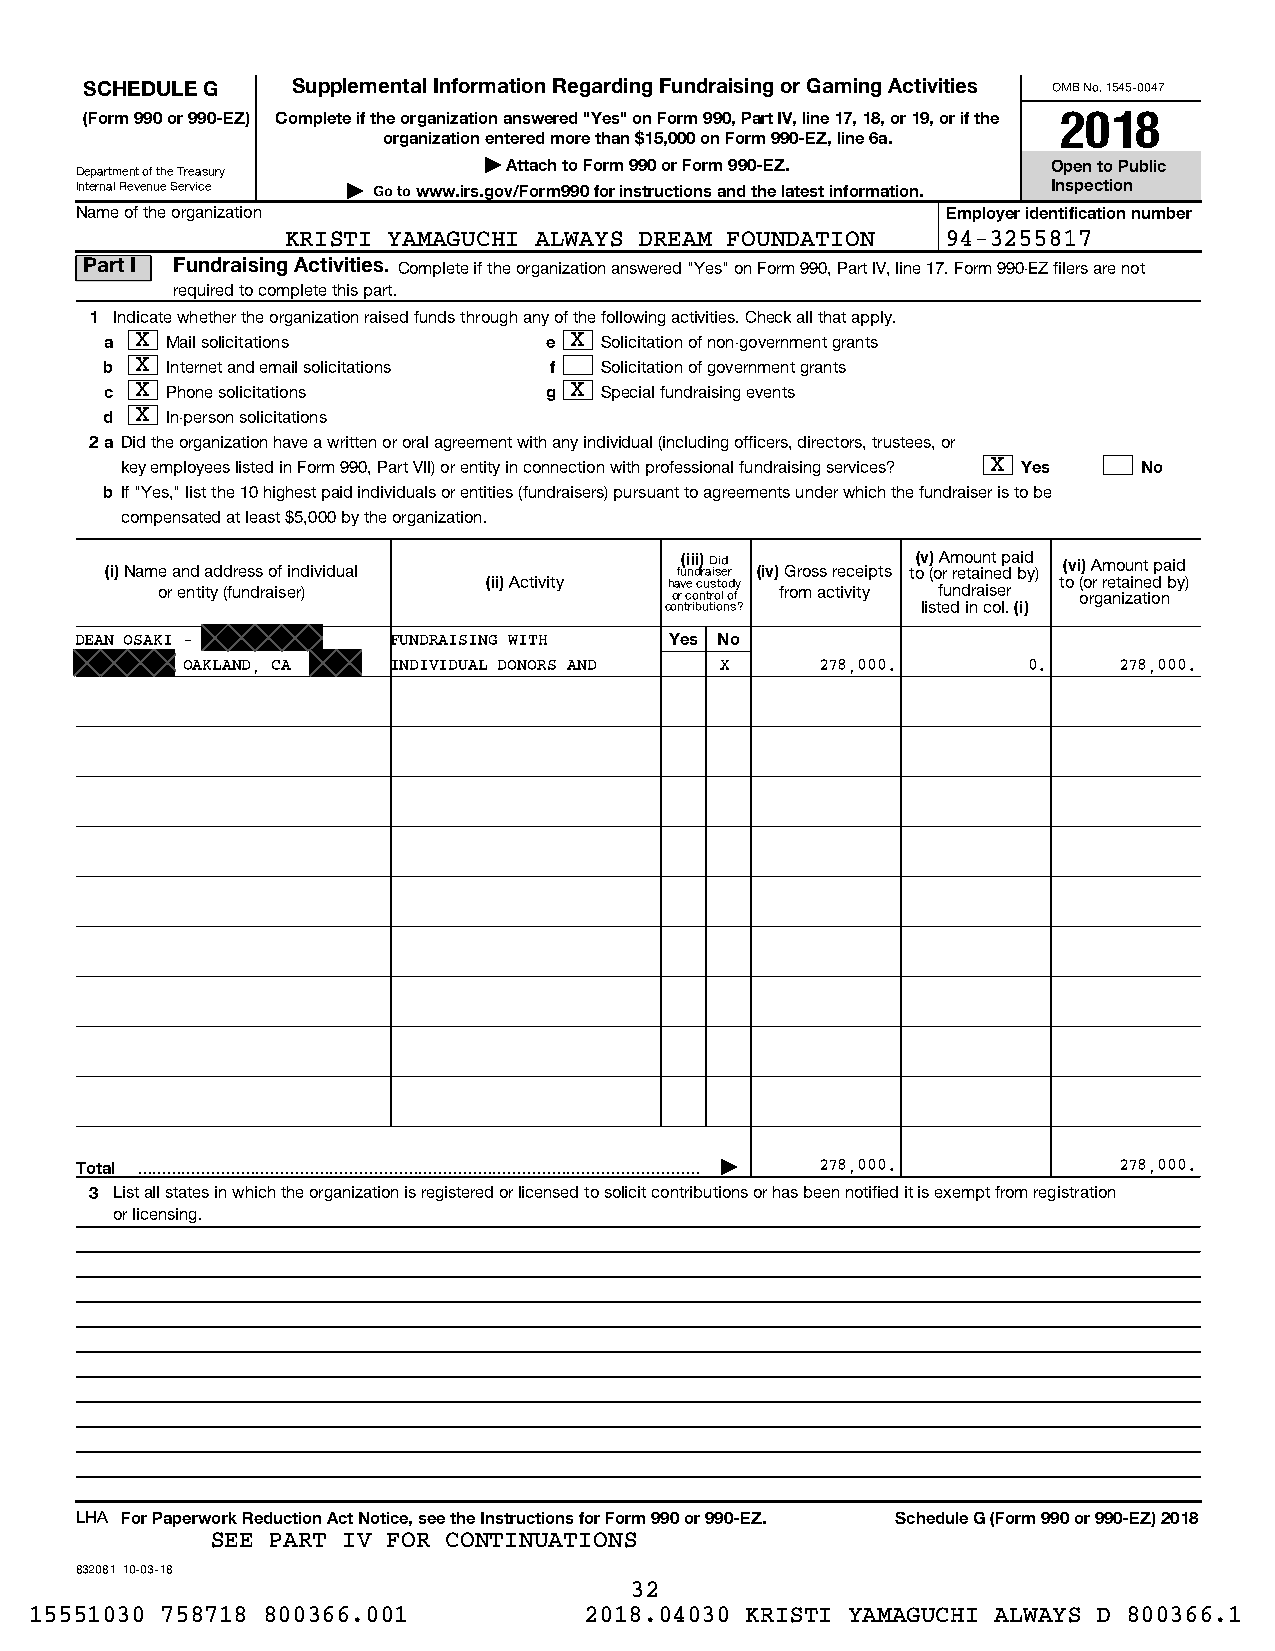
SCHEDULE G   Supplemental Information Regarding Fundraising or Gaming Activities OMB No. 1545-0047
 (Form 990 or 990-EZ) Complete if the organization answered "Yes" on Form 990, Part IV, line 17, 18, or 19, or if the 2018
 organization entered more than $15,000 on Form 990-EZ, line 6a.
 | Attach to Form 990 or Form 990-EZ.  Open to Public
 Department of the Treasury
 Internal Revenue Service | Go to www.irs.gov/Form990 for instructions and the latest information. Inspection
 Name of the organization                                  Employer identification number
 KRISTI YAMAGUCHI ALWAYS DREAM FOUNDATION    94-3255817
 Part I Fundraising Activities. Complete if the organization answered "Yes" on Form 990, Part IV, line 17. Form 990-EZ filers are not
 required to complete this part.
 1 Indicate whether the organization raised funds through any of the following activities. Check all that apply.
 a X Mail solicitations       e X Solicitation of non-government grants
 b X Internet and email solicitations f Solicitation of government grants
 c X Phone solicitations      g X Special fundraising events
 d X In-person solicitations
 2a Did the organization have a written or oral agreement with any individual (including officers, directors, trustees, or
 key employees listed in Form 990, Part VII) or entity in connection with professional fundraising services? X Yes No
 b If "Yes," list the 10 highest paid individuals or entities (fundraisers) pursuant to agreements under which the fundraiser is to be
 compensated at least $5,000 by the organization.
 (i) Name and address of individual    fu(i ni di) r aD isid er (iv) Gross receipts to(v () o A r m reo tau in nt e p da bid y) (vi) Amount paid
 or entity (fundraiser) (ii) Activity h oa rv ce o c nu trs oto l d ofy from activity fundraiser to ( oo rr g r ae nt ia zi an te iod n by)
 contributions?   listed in col. (i)
 DEAN OSAKI -         FUNDRAISING WITH  Yes No
 OAKLAND, CA   INDIVIDUAL DONORS AND X     278,000.      0.    278,000.
 Total  |   278,000.            278,000.
 3 List all states in which the organization is registered or licensed to solicit contributions or has been notified it is exempt from registration
 or licensing.
 LHA For Paperwork Reduction Act Notice, see the Instructions for Form 990 or 990-EZ. Schedule G (Form 990 or 990-EZ) 2018
 SEE PART IV FOR CONTINUATIONS
 832081 10-03-18
 32
 15551030 758718 800366.001           2018.04030 KRISTI YAMAGUCHI ALWAYS D 800366.1